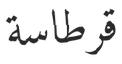
قرطاسة